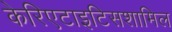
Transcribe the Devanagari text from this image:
केरिएटाइटिसशामिल